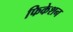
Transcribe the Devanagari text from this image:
फिकेशन